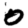
Digit: 0